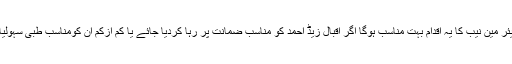
ان کا کہنا تھا کہ چیئر مین نیب کا یہ اقدام بہت مناسب ہوگا اگر اقبال زیڈ احمد کو مناسب ضمانت پر رہا کردیا جائے یا کم ازکم ان کومناسب طبی سہولیات فراہم کی جائیں ۔